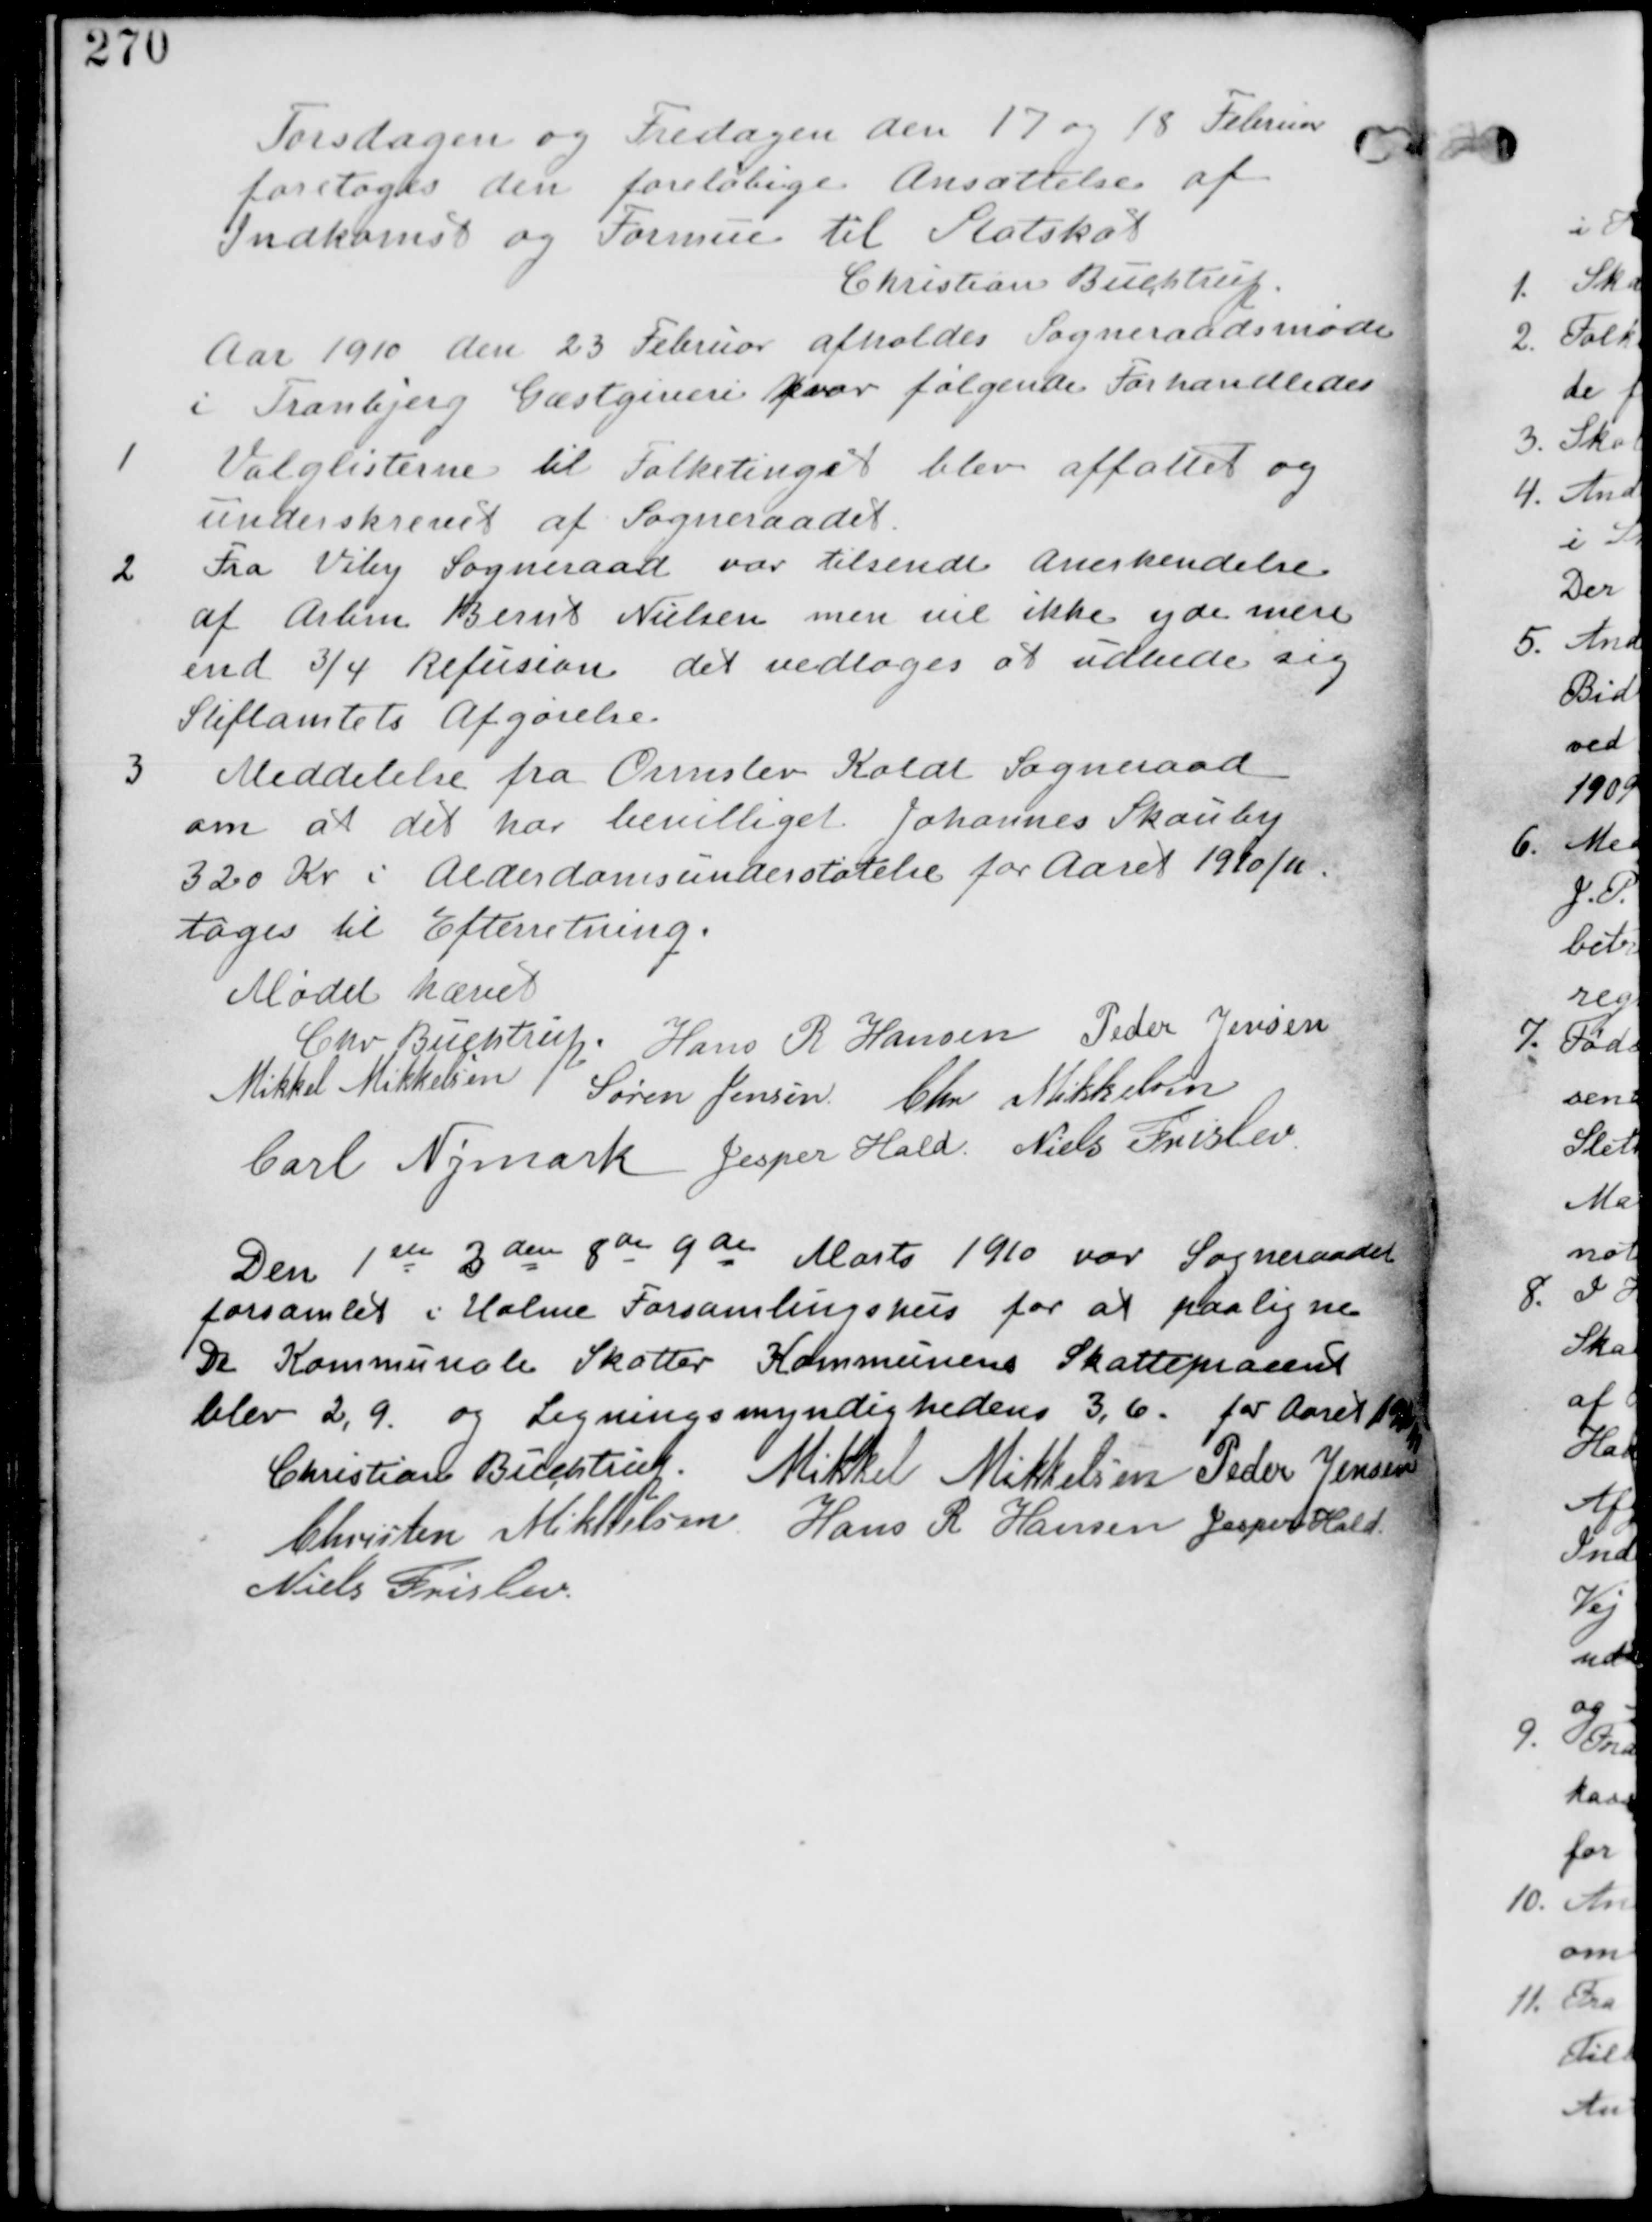
Transskription:
Torsdagen og Fredagen den 17 og 18 Februar
Foretages den foreløbige Ansættelse af
Indkomst og Formue af Statsskat.
Christian Buchtrup

Aar 1910 den 23 Februar afholdes Sogneraadsmøde
i Tranbjerg Gæstgiveri hvor følgende Forhandledes.

1.
Valglisterne til Folketinget blev affattet og
underskrevet af Sogneraadet.

2. Fra Viby Sogneraad var tilsendt Anerkendelse
af Arbin Bernt Nielsen men vil ikke yde mere
end 3/4 Refusion det vedtages at udbede sig
Stiftamtets Afgørelse.

3 Meddelelse fra Ormslev Koldt Sogneraad
om at det har bevilliget Johannes Skouby
320 Kr i Alderdomsunderstøttelse for Aaret 1910/11
tages til Efterretning

Mødet hævet
Chr Buchtrup. Hans R Hansen Peder Jensen
Mikkel Mikkelsen Søren Jensen Chr Mikkelsen
Carl Nymark Jesper Hald Niels Frislev

Den 1ste 3den 8de 9de Marts 1910 var Sogneraadet
forsamlet i Holme Forsamlingshus for at paaligne
De Kommunale Skatter Kommunens Skatteprocent
blev 2,9. og Ligningsmyndighedens 3,6. for Aaret 1910/11
Christian Buchtrup. Mikkel Mikkelsen Peder Jensen
Christen Mikkelsen Hans R Hansen Jesper Hald
Niels Frislev